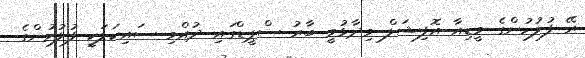
ރޭ ފުލުހުންގެ މީޑިއާ އޮފިޝަލް ވިދާޅުވީ ބާރު ސްޕީޑްގައި ދުއްވި ސައިކަލަކީ ފުލުހުންގެ